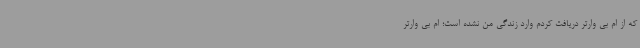
که از ام بی وارتر دریافت کردم وارد زندگی من نشده است؛ ام بی وارتر